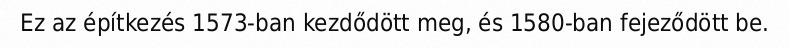
Ez az építkezés 1573-ban kezdődött meg, és 1580-ban fejeződött be.